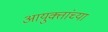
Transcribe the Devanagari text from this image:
आयुक्तांच्या